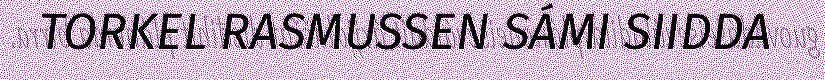
TORKEL RASMUSSEN SÁMI SIIDDA